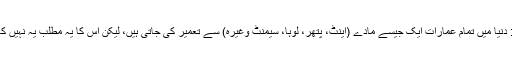
اس موضوع کو ایک مثال سے واضح کرنا ممکن ہے: دنیا میں تمام عمارات ایک جیسے مادے (اینٹ، پتھر، لوہا، سیمنٹ وغیرہ) سے تعمیر کی جاتی ہیں، لیکن اس کا یہ مطلب یہ نہیں کہ تمام عمارتیں ایک دوسرے سے ارتقا پذیر ہوئی ہیں۔